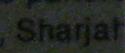
sharjal